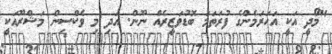
"މޯދީ އަކީ އަހަރަމެންގެ ފުރަތަމަ ބޮޑުވަޒީރެއް ނޫން. އަދި މި ވެކްސިން މަޝްރޫއަކީ